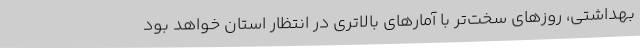
بهداشتی، روزهای سخت‌تر با آمارهای بالاتری در انتظار استان خواهد بود